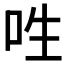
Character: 𠰮